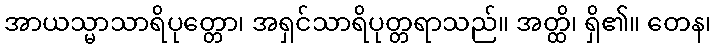
အာယသ္မာသာရိပုတ္တော၊ အရှင်သာရိပုတ္တရာသည်။ အတ္ထိ၊ ရှိ၏။ တေန၊